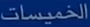
الخُميسات